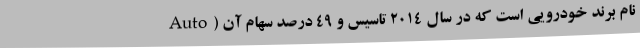
Auto) نام برند خودرویی است که در سال 2014 تاسیس و 49 درصد سهام آن